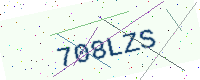
Text: 708LZS